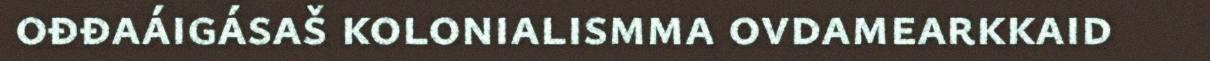
ođđaáigásaš kolonialismma ovdamearkkaid